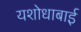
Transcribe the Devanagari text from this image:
यशोधाबाई